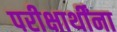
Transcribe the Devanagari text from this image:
परीक्षार्थींना